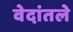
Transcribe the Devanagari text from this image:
वेदांतले